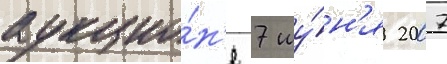
аукцио́н'е 7 иу́н'я 2007